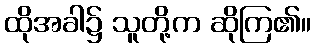
ထိုအခါ၌ သူတို့က ဆိုကြ၏။